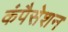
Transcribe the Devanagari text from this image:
कंपैसेशन